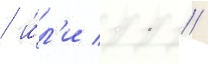
/ и́л'и 11 /